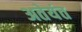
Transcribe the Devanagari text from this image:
अतेयंत